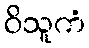
ဝိသူကံ